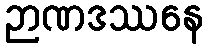
ဉာဏဒဿနေ